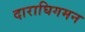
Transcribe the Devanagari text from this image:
दाराघिगमन